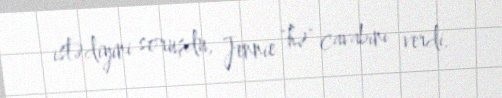
istədiyini soruşdu, Jennie "hə" cavabını verdi.